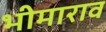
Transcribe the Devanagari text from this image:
भीमाराव